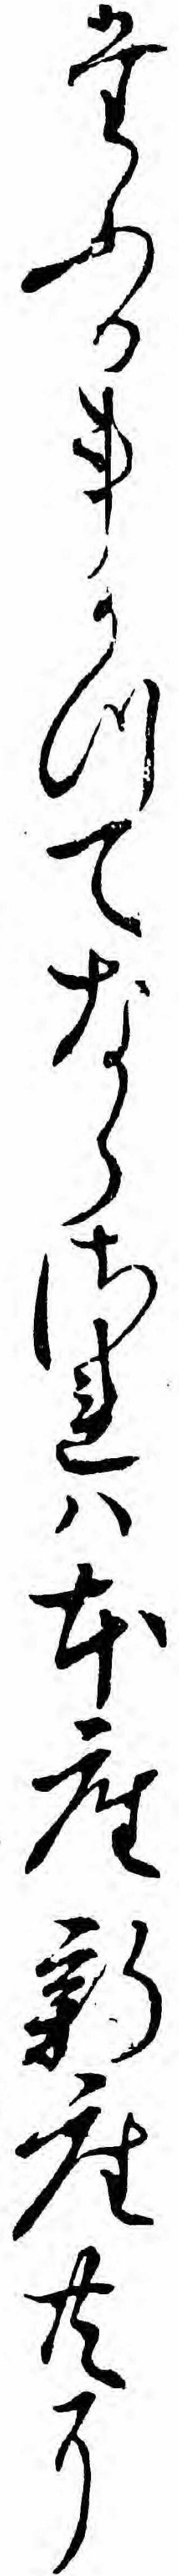
たふる事かつてならされハ本座新座共に